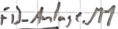
Text: FB_Anlage.M1